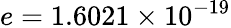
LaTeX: e=1.6021\times 10^{-19}